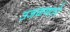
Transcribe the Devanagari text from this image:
उजळणारे